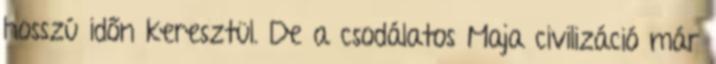
hosszú időn keresztül. De a csodálatos Maja civilizáció már